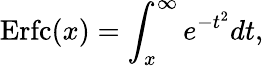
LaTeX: \mathrm{Erfc}(x)=\int_{x}^{\infty}e^{-t^{2}}dt,